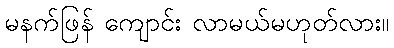
မနက်ဖြန် ကျောင်း လာမယ်မဟုတ်လား။